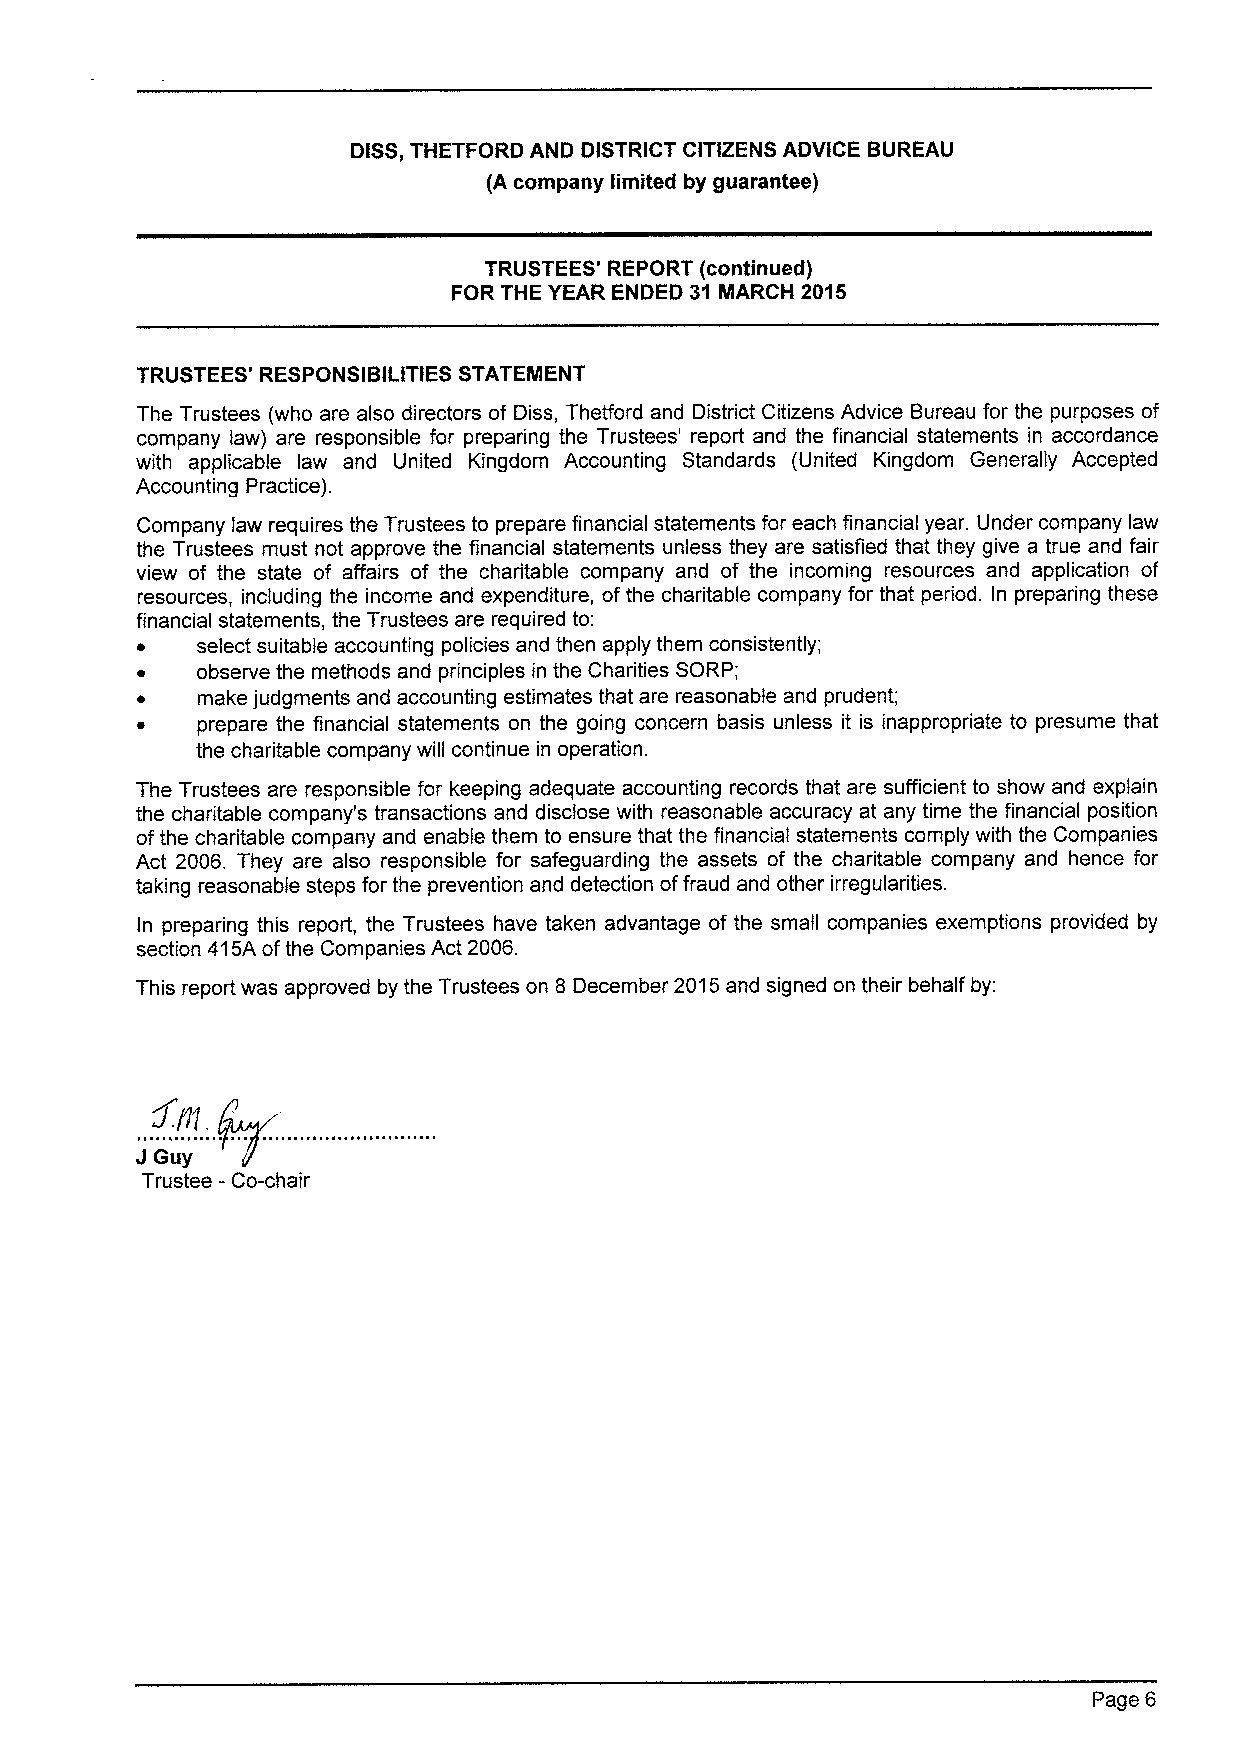
DISS,THETFORD AND DISTRICT CITIZENS ADVICE BUREAU
 (A company limited by guarantee)
 TRUSTEES' REPORT (continued)
 FOR THE YEAR ENDED 31 MARCH 2015
 TRUSTEES' RESPONSIBILITIES STATEMENT
 The Trustees (who are also directors of Diss, Thetford and District Citizens Advice Bureau for the purposes of
 company law) are responsible for preparing the Trustees' report and the financial statements in accordance
 with applicable law and United Kingdom Accounting Standards (United Kingdom Generally Accepted
 Accounting Practice).
 Company law requires the Trustees to prepare financial statements for each financial year. Under company law
 the Trustees must not approve the financial statements unless they are satisfied that they give a true and fair
 view of the state of affairs of the charitable company and of the incoming resources and application of
 resources, including the income and expenditure, ofthe charitable company for that period. In preparing these
 financial statements, the Trustees are required to:
 ~   select suitable accounting policies and then apply them consistently;
 ~   observe the methods and principles in the Charities SORP;
 ~   make judgments and accounting estimates that are reasonable and prudent;
 ~   prepare the financial statements on the going concern basis unless it is inappropriate to presume that
 the charitable company will continue in operation.
 The Trustees are responsible for keeping adequate accounting records that are sufficient to show and explain
 the charitable company's transactions and disclose with reasonable accuracy at any time the financial position
 ofthe charitable company and enable them to ensure that the financial statements comply with the Companies
 Act 2006. They are also responsible for safeguarding the assets of the charitable company and hence for
 taking reasonable steps for the prevention and detection offraud and other irregularities.
 In preparing this report, the Trustees have taken advantage of the small companies exemptions provided by
 section 415A ofthe Companies Act 2006.
 This report was approved by the Trustees on 8 December 2015and signed on their behalf by:
 J
 Guy
 Trustee -Co-chair
 Page 6